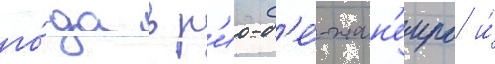
го́да в р'ио-д'е́-жан'еиро и́